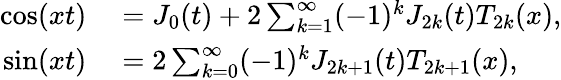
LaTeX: \begin{array}{rl}{\cos(xt)}&{{}=J_{0}(t)+2\sum_{k=1}^{\infty}(-1)^{k}J_{2k}(t)T_{2k}(x),}\\ {\sin(xt)}&{{}=2\sum_{k=0}^{\infty}(-1)^{k}J_{2k+1}(t)T_{2k+1}(x),}\end{array}